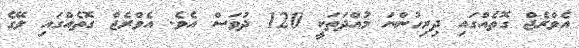
އެވްރެޖް ގޮތެއްގައި ދިރިހުންނަ މުއްދަތަކީ 120 ދުވަސް އެވެ. އެވްރެޖް ގޮތެއްގައި ލޭގެ